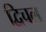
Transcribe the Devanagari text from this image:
द्विचल